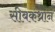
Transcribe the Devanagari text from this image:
सीबकथ्रोन